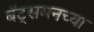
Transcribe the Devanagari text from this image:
बॅट्समनच्या